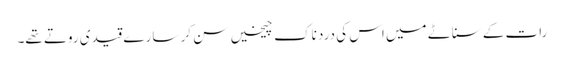
رات کے سناٹے میں اس کی درد ناک چیخیں سن کر سارے قیدی روتے تھے۔